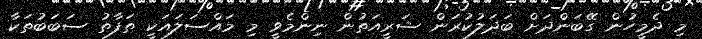
މި ދެމީހުން ގޭބަންދަށް ބަދަލުކުރަން ޝަރީއަތުން ނިންމެވީ މި މައްސަލައަކީ ތަފާތު ސަބަބުތަކާ